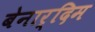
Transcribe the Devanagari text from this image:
बेनार्दिम